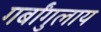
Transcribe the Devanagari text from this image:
गर्बांगुलाय